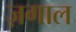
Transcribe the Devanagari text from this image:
ज़गाल